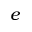
e